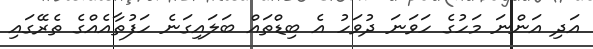
އަދި އަންނަ މަހުގެ ހަވަނަ ދުވަހު އެ ބިޑްތައް ބަލައިގަނެ ހަފުތާއެއްގެ ތެރޭގައި